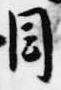
目